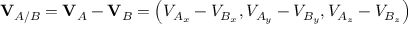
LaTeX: \mathbf { V } _ { A / B } = \mathbf { V } _ { A } - \mathbf { V } _ { B } = \left( V _ { A _ { x } } - V _ { B _ { x } } , V _ { A _ { y } } - V _ { B _ { y } } , V _ { A _ { z } } - V _ { B _ { z } } \right)